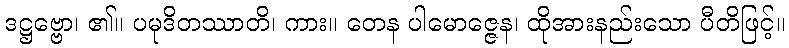
ဒဋ္ဌဗ္ဗော၊ ၏။ ပမုဒိတဿာတိ၊ ကား။ တေန ပါမောဇ္ဇေန၊ ထိုအားနည်းသော ပီတိဖြင့်။